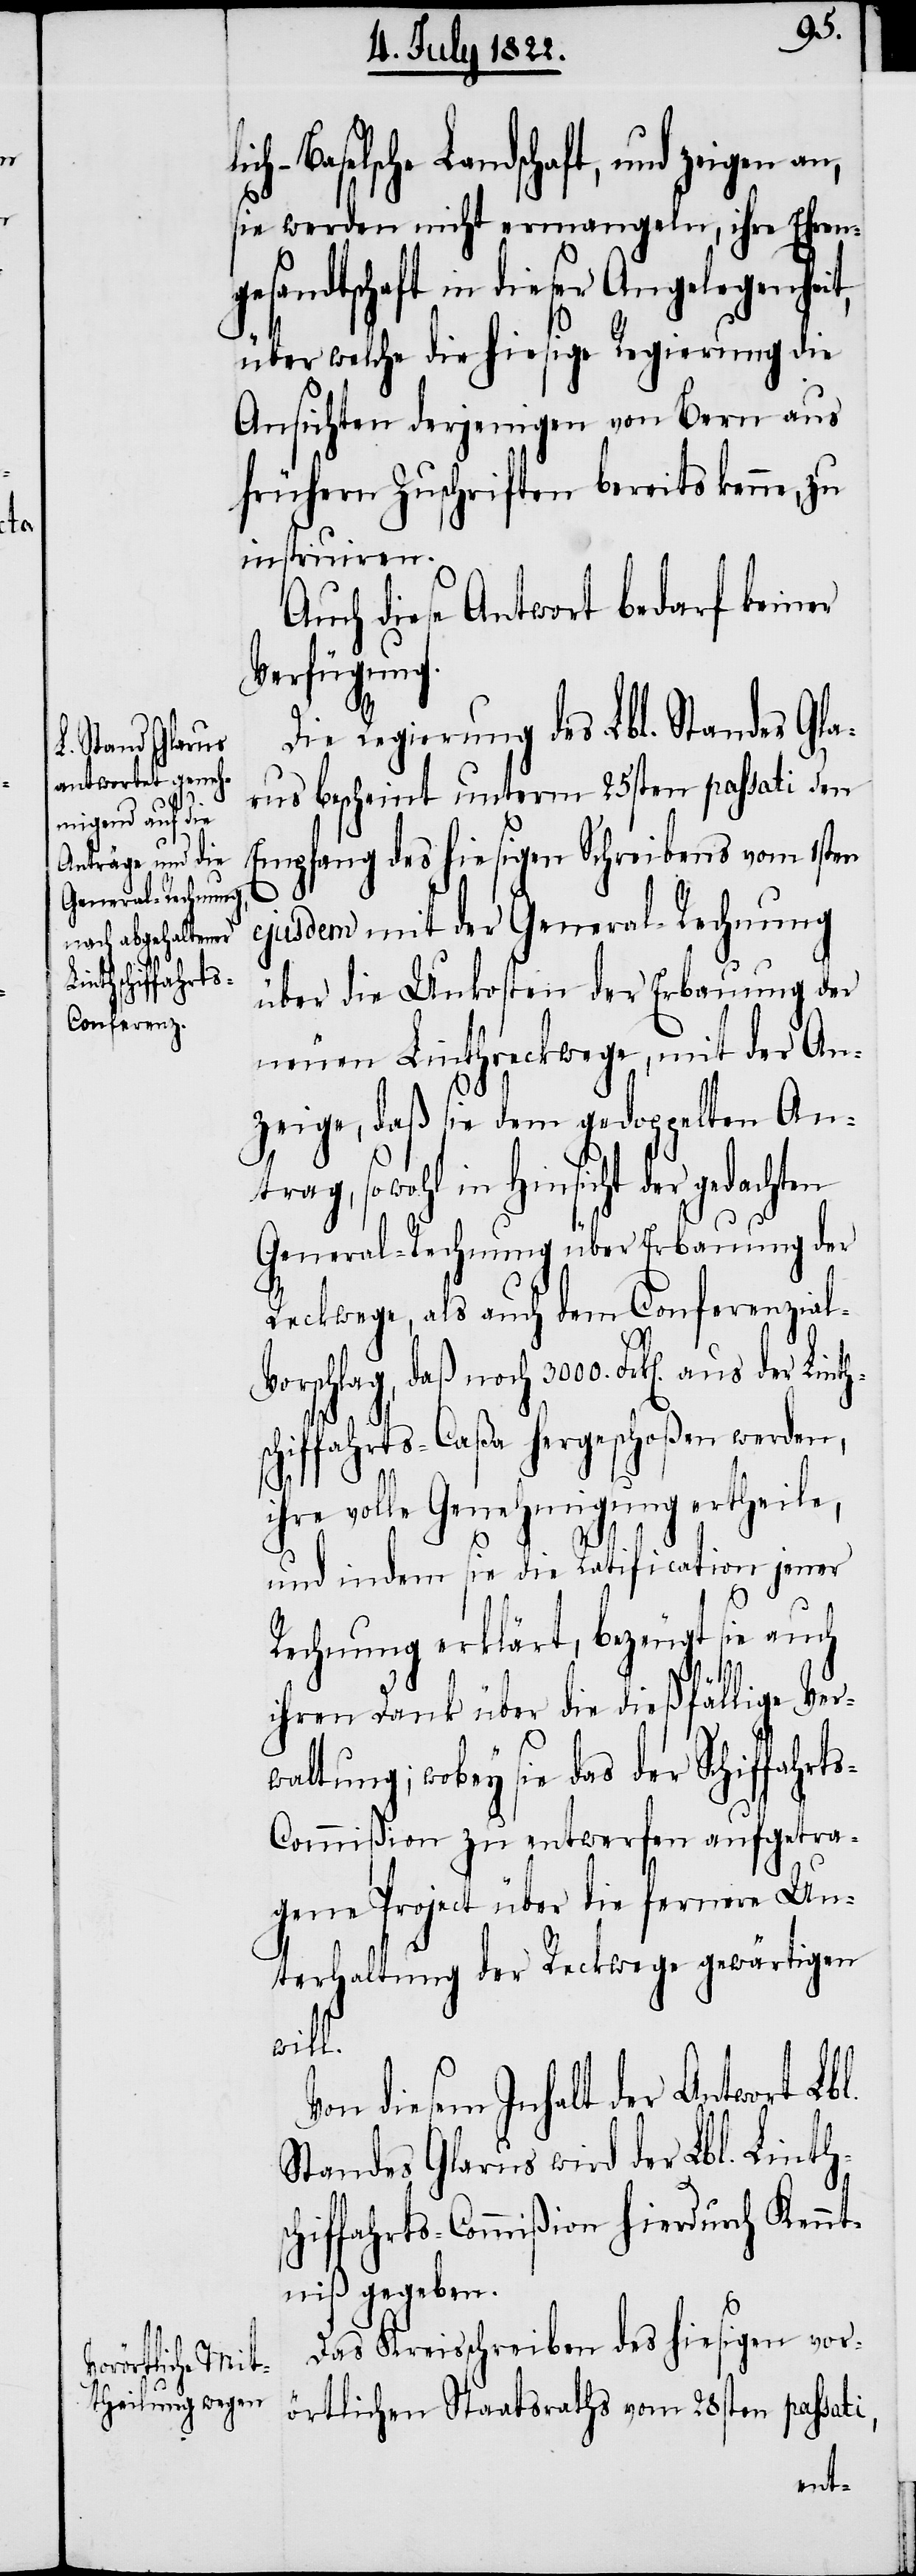
ges¬
h-Baselsche Landschaft, und zeigen
sie werden nicht ermangeln, ihre Ehren¬
schaft in dieser Angelegenh¬
über welche die hiesige Regierung die
Ansichten derjenigen von Bern aus
frühern Zuschriften bereits kenne, zu
instruiren.
Auch diese Antwort bedarf keiner
Verfügung.
lic¬
Die Regierung des Lbl. Standes Gla¬
rus bescheint unterm 25sten passati den
Empfang des hiesigen Schreibens vom 1sten
ejusdem mit der General-Rechnung
über die Unkosten der Erbauung der
neuen Linthreckwege, mit der An¬
zeige, daß sie dem gedoppelten An¬
trag, sowohl in Hinsicht
General-Rechnung über Erbauung der
Reckwege, als auch dem Conferenzia¬
chiffahrts-Caßa hergeschoßen werden,
ihre volle Genehmigung ertheile,
und indem sie die Ratification jener
Rechnung erklärt, bezeugt sie auch
ihren Dank über die dießfällige Ver¬
waltung; wobey sie das der Schiffahrt¬
s-Commißion zu entwerfen aufgetra¬
gene Project über die fernere Un¬
terhaltung der Reckwege gewärtigen
l.
Von diesem Inhalt der Antwort Lb¬
Standes Glarus wird der Lbl. Linths¬
chiffahrts-Commißion hierdurch Kennt¬
niß gegeben.
Das Kreisschreiben des hiesigen vor¬
örtlichen Staatsraths vom 28sten passati
eit,